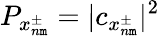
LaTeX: P_{x_{n\mathtt{m}}^{\pm}}=|c_{x_{n\mathtt{m}}^{\pm}}|^{2}